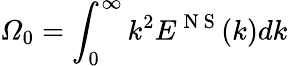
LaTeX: {{\varOmega}_{0}}=\int_{0}^{\infty}{{{k}^{2}}{{E}^{\mathrm{~N~S~}}}(k)dk}